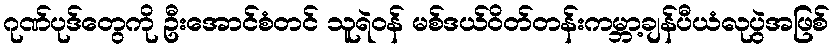
ဂုဏ်ပုဒ်တွေကို ဦးအောင်စံတင် သူရဲဝန် မစ်ဒယ်ဝိတ်တန်းကမ္ဘာ့ချန်ပီယံလုပွဲအဖြစ်